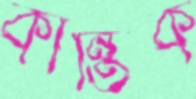
কান্তিক